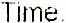
TIME: